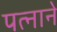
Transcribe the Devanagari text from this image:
पत्‍नाने